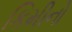
કિમીનો